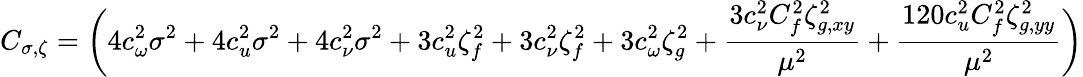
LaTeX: C_{\sigma,\zeta}=\bigg(4c_{\omega}^{2}\sigma^{2}+4c_{u}^{2}\sigma^{2}+4c_{\nu}^{2}\sigma^{2}+3c_{u}^{2}\zeta_{f}^{2}+3c_{\nu}^{2}\zeta_{f}^{2}+3c_{\omega}^{2}\zeta_{g}^{2}+\frac{3c_{\nu}^{2}C_{f}^{2}\zeta_{g,xy}^{2}}{\mu^{2}}+\frac{120c_{u}^{2}C_{f}^{2}\zeta_{g,yy}^{2}}{\mu^{2}}\bigg)